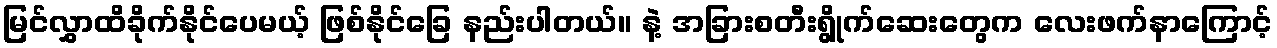
မြင်လွှာထိခိုက်နိုင်ပေမယ့် ဖြစ်နိုင်ခြေ နည်းပါတယ်။ နဲ့ အခြားစတီးရွိုက်ဆေးတွေက လေးဖက်နာကြောင့်